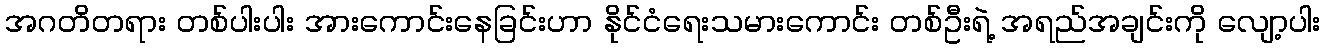
အဂတိတရား တစ်ပါးပါး အားကောင်းနေခြင်းဟာ နိုင်ငံရေးသမားကောင်း တစ်ဦးရဲ့ အရည်အချင်းကို လျော့ပါး